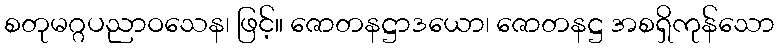
စတုမဂ္ဂပညာဝသေန၊ ဖြင့်။ ဇောတနဋ္ဌာဒယော၊ ဇောတနဋ္ဌ အစရှိကုန်သော